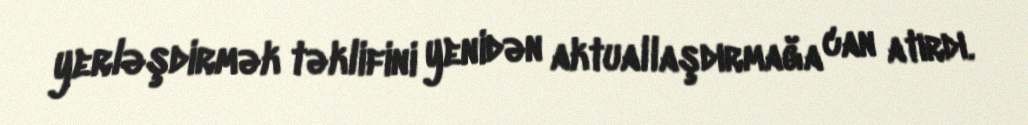
yerləşdirmək təklifini yenidən aktuallaşdırmağa can atırdı.